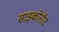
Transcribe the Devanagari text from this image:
साइकोनॉट